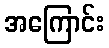
အကြောင်း